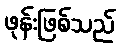
ဖုန်းဖြစ်သည်